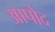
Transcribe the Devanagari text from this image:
आपोद